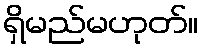
ရှိမည်မဟုတ်။